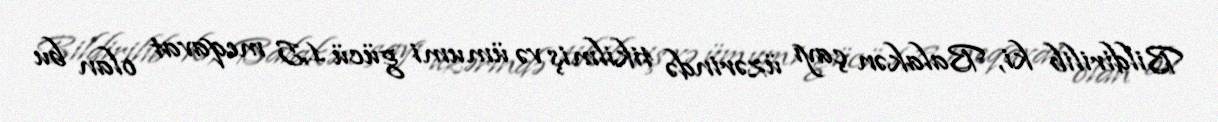
Bildirilib ki, Balakən çayı üzərində tikilmiş və ümumi gücü 1,5 meqavat olan bu